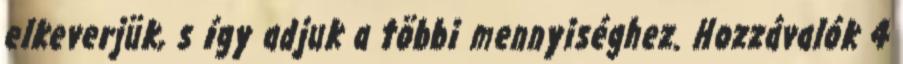
elkeverjük, s így adjuk a többi mennyiséghez. Hozzávalók 4